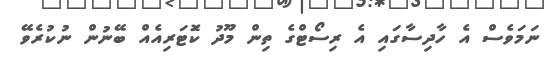
ނަމަވެސް އެ ހާދިސާގައި އެ ރިސޯޓްގެ ތިން މޫދު ކޮަޓަރިއެއް ބޭނުން ނުކުރެވޭ